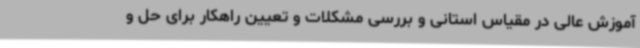
آموزش عالی در مقیاس استانی و بررسی مشکلات و تعیین راهکار برای حل و